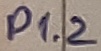
Text: P1.2